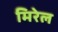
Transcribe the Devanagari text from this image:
मिरेल